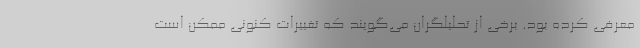
معرفی کرده بود. برخی از تحلیلگران می‌گویند که تغییرات کنونی ممکن است